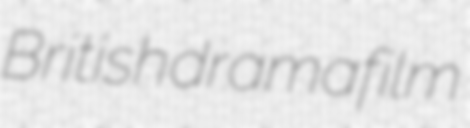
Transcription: British drama film